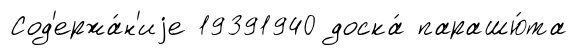
Сод'ержа́н'иjе 19391940 доска́ парашю́та